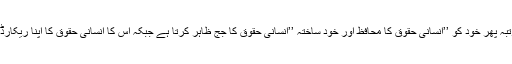
کہ امریکہ ایک مرتبہ پھر خود کو ’’انسانی حقوق کا محافظ اور خود ساختہ ’’انسانی حقوق کا جج ظاہر کرتا ہے جبکہ اس کا انسانی حقوق کا اپنا ریکارڈ انتہائی خراب ہے۔